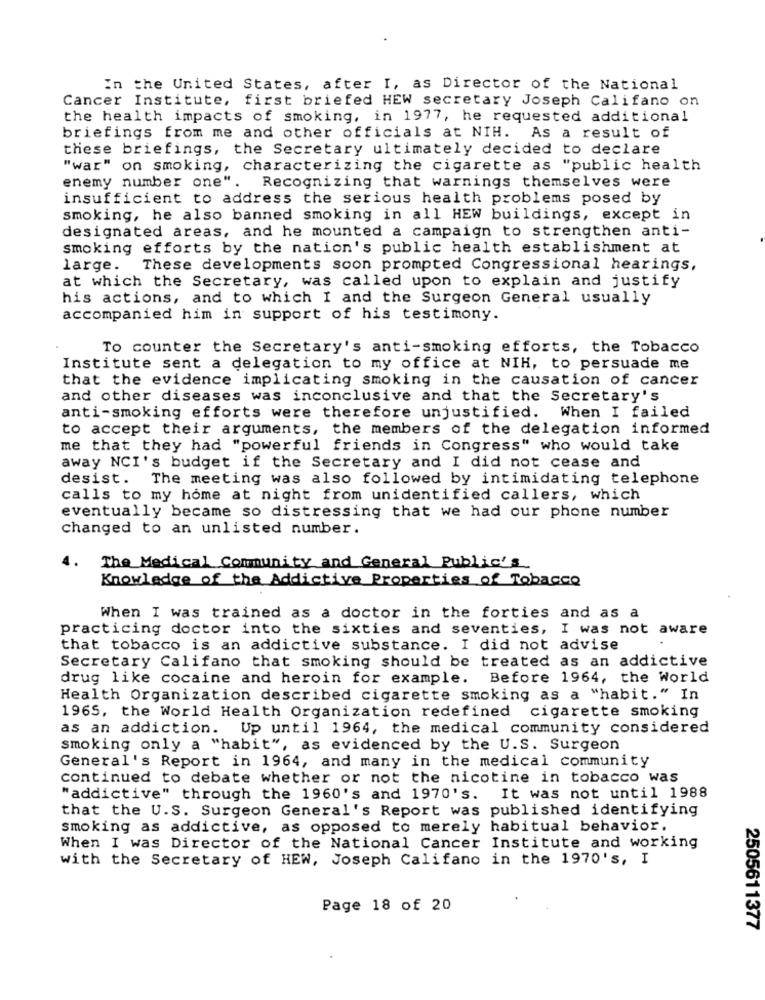
In the United States, after I, as Director of the National
Cancer Institute, first briefed HEW secretary Joseph Califano on
the health impacts of smoking, in 1977, he requested additional
briefings from me and other officials at NIH. As a result of
these briefings, the Secretary ultimately decided to declare
"war"
on smoking, characterizing the cigarette as "public health
enemy number one". Recognizing that warnings themselves were
insufficient to address the serious health problems posed by
smoking, he also banned smoking in all HEW buildings, except in
designated areas, and he mounted a campaign to strengthen anti-
smoking efforts by the nation's public health establishment at
large.
These developments soon prompted Congressional hearings,
at which the Secretary, was called upon to explain and justify
his actions, and to which I and the Surgeon General usually
accompanied him in support of his testimony.
To counter the Secretary's anti-smoking efforts, the Tobacco
Institute sent a delegation to my office at NIH, to persuade me
that the evidence implicating smoking in the causation of cancer
and other diseases was inconclusive and that the Secretary's
anti-smoking efforts were therefore unjustified. When I failed
to accept their arguments, the members of the delegation informed
me that they had "powerful friends in Congress" who would take
away NCI's budget if the Secretary and I did not cease and
desist. The meeting was also followed by intimidating telephone
calls to my home at night from unidentified callers, which
eventually became so distressing that we had our phone number
changed to an unlisted number.
4.
The Medical Community and General Public's
Knowledge of the Addictive Properties of Tobacco
When I was trained as a doctor in the forties and as a
practicing doctor into the sixties and seventies, I was not aware
that tobacco is an addictive substance. I did not advise
Secretary Califano that smoking should be treated as an addictive
drug like cocaine and heroin for example.
Before 1964, the World
Health Organization described cigarette smoking as a "habit." In
1965, the World Health Organization redefined cigarette smoking
as an addiction. Up until 1964, the medical community considered
smoking only a "habit", as evidenced by the U.S. Surgeon
General's Report in 1964, and many in the medical community
continued to debate whether or not the nicotine in tobacco was
"addictive" through the 1960's and 1970's. It was not until 1988
that the U.S. Surgeon General's Report was published identifying
smoking as addictive, as opposed to merely habitual behavior.
When I was Director of the National Cancer Institute and working
with the Secretary of HEW, Joseph Califano in the 1970's, I
Page 18 of 20
2505611377